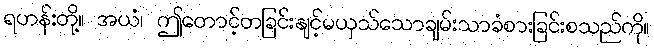
ရဟန်းတို့။ အယံ၊ ဤတောင့်တခြင်းနျင့်မယှသ်သောချမ်းသာခံစားခြင်းစသည်ကို။